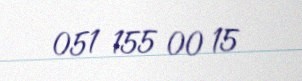
051 155 00 15